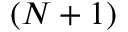
( N + 1 )